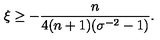
\xi \geq - \frac { n } { 4 ( n + 1 ) ( \sigma ^ { - 2 } - 1 ) } .